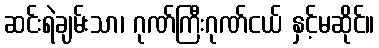
ဆင်းရဲချမ်းသာ၊ ဂုဏ်ကြီးဂုဏ်ငယ် နှင့်မဆိုင်။